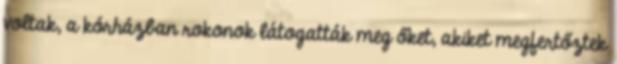
voltak, a kórházban rokonok látogatták meg őket, akiket megfertőztek